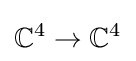
\mathbb {C} ^{4}\rightarrow \mathbb {C} ^{4}